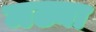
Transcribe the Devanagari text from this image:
मढ्या